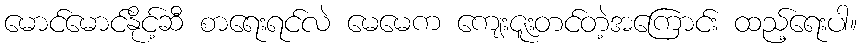
မောင်မောင်နိုင့်ဆီ စာရေးရင်လဲ မေမေက ကျေးဇူးတင်တဲ့အကြောင်း ထည့်ရေးပါ။